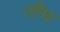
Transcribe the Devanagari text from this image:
लीघ